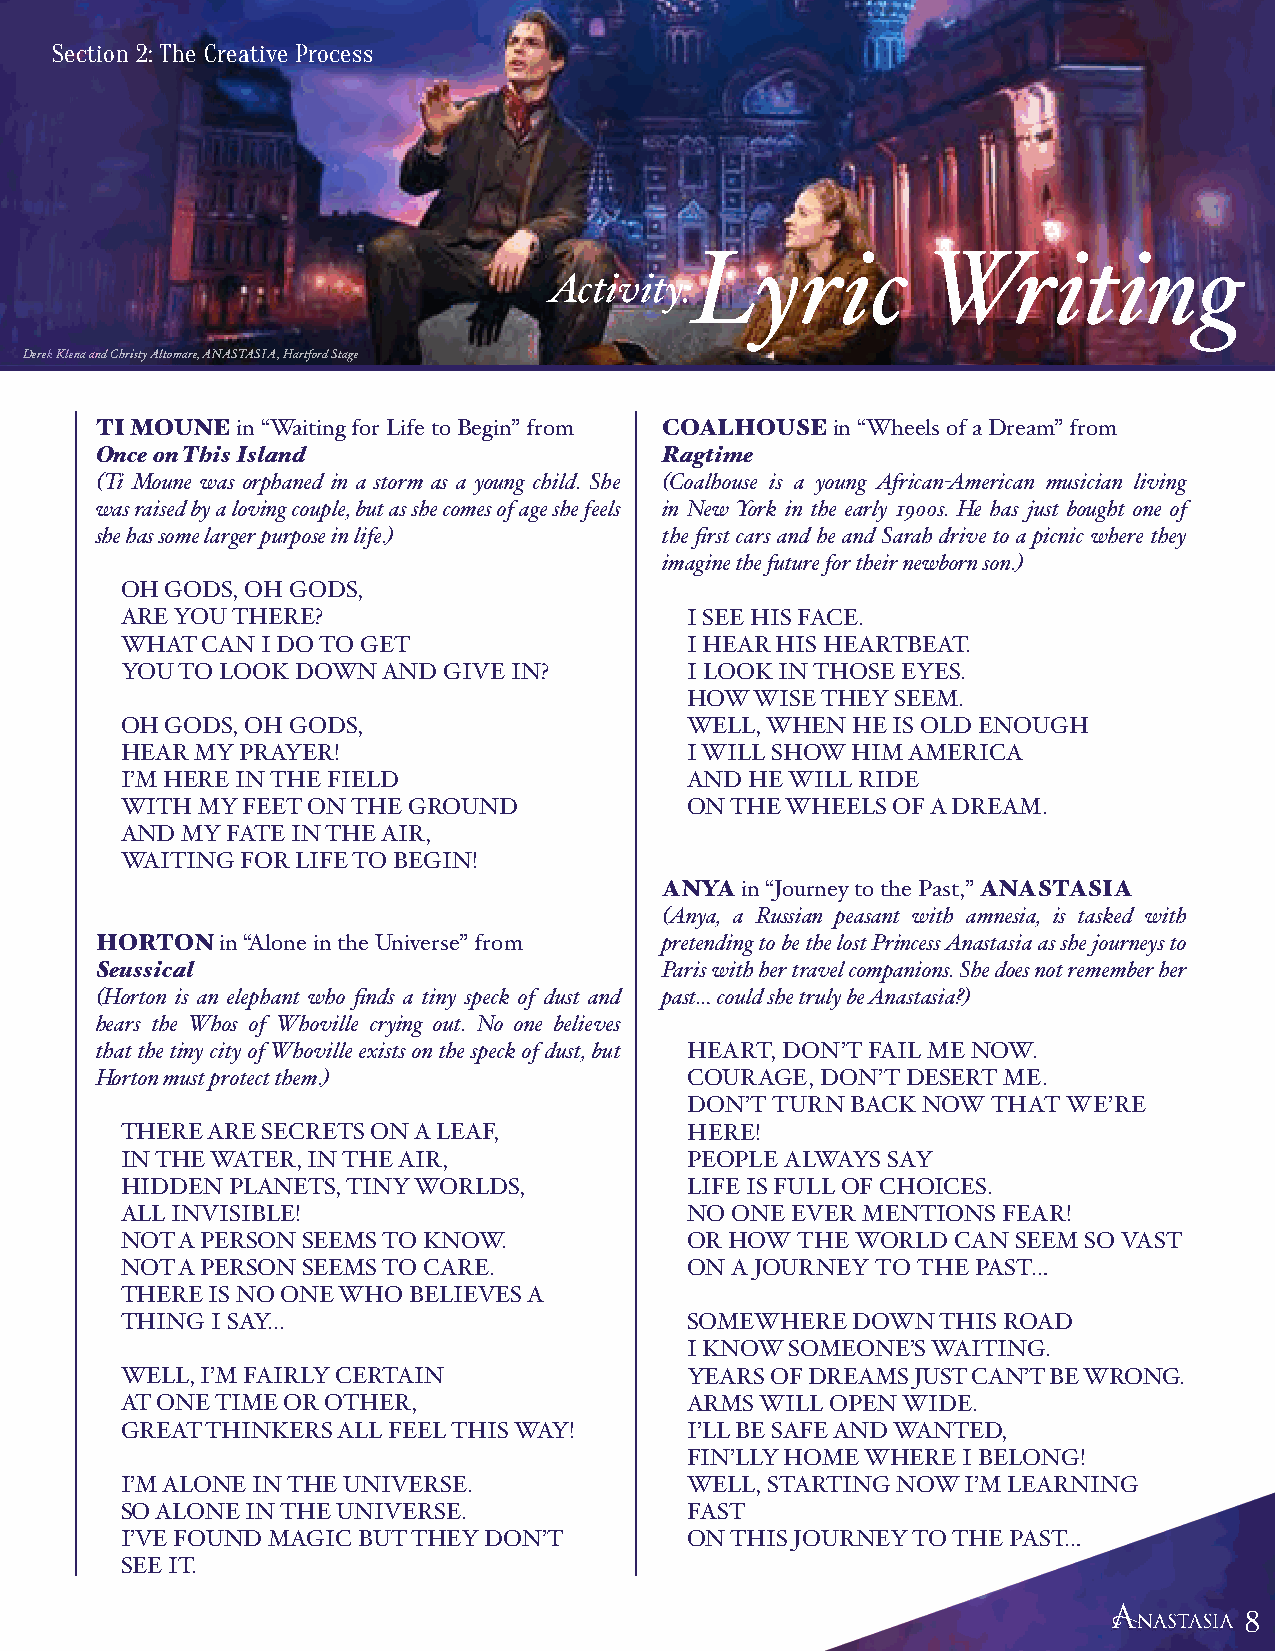
Section 2: The Creative Process
 Lyric          Writing
 Activity:
 Derek Klena and Christy Altomare, ANASTASIA, Hartford Stage
 TI MOUNE  in “Waiting for Life to Begin” from COALHOUSE in “Wheels of a Dream” from
 Once on This Island                   Ragtime
 (Ti Moune was orphaned in a storm as a young child. She (Coalhouse is a young African-American musician living
 was raised by a loving couple, but as she comes of age she feels in New York in the early 1900s. He has just bought one of
 she has some larger purpose in life.) the first cars and he and Sarah drive to a picnic where they
 imagine the future for their newborn son.)
 OH GODS, OH GODS,
 ARE YOU THERE?                        I SEE HIS FACE.
 WHAT CAN I DO TO GET                  I HEAR HIS HEARTBEAT.
 YOU TO LOOK DOWN AND GIVE IN?         I LOOK IN THOSE EYES.
 HOW WISE THEY SEEM.
 OH GODS, OH GODS,                     WELL, WHEN HE IS OLD ENOUGH
 HEAR MY PRAYER!                       I WILL SHOW HIM AMERICA
 I’M HERE IN THE FIELD                 AND HE WILL RIDE
 WITH MY FEET ON THE GROUND            ON THE WHEELS OF A DREAM.
 AND MY FATE IN THE AIR,
 WAITING FOR LIFE TO BEGIN!
 ANYA in “Journey to the Past,” ANASTASIA
 (Anya, a Russian peasant with amnesia, is tasked with
 HORTON   in “Alone in the Universe” from pretending to be the lost Princess Anastasia as she journeys to
 Seussical                             Paris with her travel companions. She does not remember her
 (Horton is an elephant who finds a tiny speck of dust and past… could she truly be Anastasia?)
 hears the Whos of Whoville crying out. No one believes
 that the tiny city of Whoville exists on the speck of dust, but HEART, DON’T FAIL ME NOW.
 Horton must protect them.)              COURAGE, DON’T DESERT ME.
 DON’T TURN BACK NOW THAT WE’RE
 THERE ARE SECRETS ON A LEAF,          HERE!
 IN THE WATER, IN THE AIR,             PEOPLE ALWAYS SAY
 HIDDEN PLANETS, TINY WORLDS,          LIFE IS FULL OF CHOICES.
 ALL INVISIBLE!                        NO ONE EVER MENTIONS FEAR!
 NOT A PERSON SEEMS TO KNOW.           OR HOW THE WORLD CAN SEEM SO VAST
 NOT A PERSON SEEMS TO CARE.           ON A JOURNEY TO THE PAST…
 THERE IS NO ONE WHO BELIEVES A
 THING I SAY...                        SOMEWHERE DOWN  THIS ROAD
 I KNOW SOMEONE’S WAITING.
 WELL, I’M FAIRLY CERTAIN              YEARS OF DREAMS JUST CAN’T BE WRONG.
 AT ONE TIME OR OTHER,                 ARMS WILL OPEN WIDE.
 GREAT THINKERS ALL FEEL THIS WAY!     I’LL BE SAFE AND WANTED,
 FIN’LLY HOME WHERE I BELONG!
 I’M ALONE IN THE UNIVERSE.            WELL, STARTING NOW I’M LEARNING
 SO ALONE IN THE UNIVERSE.             FAST
 I’VE FOUND MAGIC BUT THEY DON’T       ON THIS JOURNEY TO THE PAST…
 SEE IT.
 888